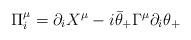
LaTeX: \begin{align*}\Pi_i^\mu = \partial_i X^\mu -i\bar\theta_+\Gamma^\mu\partial_i \theta_+\end{align*}